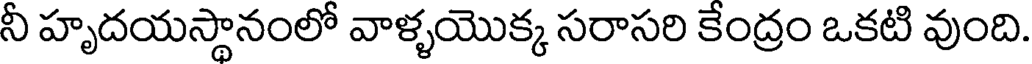
నీ హృదయస్థానంలో వాళ్ళయొక్క సరాసరి కేంద్రం ఒకటి వుంది